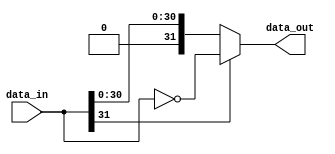
// Module Name:    Abs 
// Luis Osses Gutierrez

module Abs
  #(  parameter n=32)( 
  input  [n-1:0] data_in,
  output [n-1:0] data_out);
	
  assign data_out = ~data_in[n-1] ? data_in : ~data_in; 

endmodule